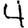
Digit: 4